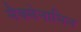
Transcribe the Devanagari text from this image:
मैक्मेनामिन